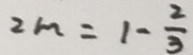
2 m = 1 - \frac { 2 } { 3 }